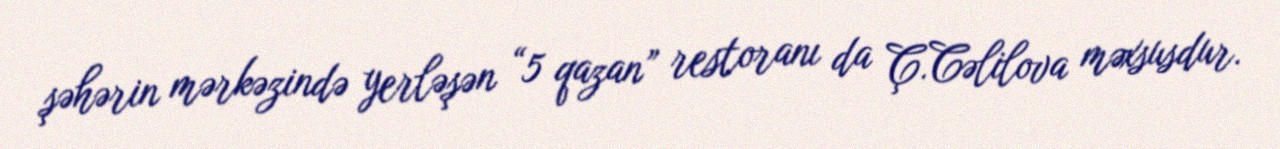
şəhərin mərkəzində yerləşən “5 qazan” restoranı da Ç.Cəlilova məxsusdur.